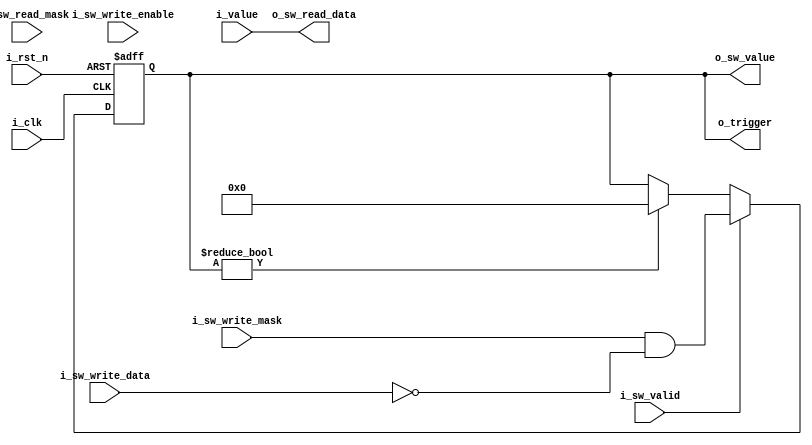
module rggen_bit_field_w01trg #(
  parameter TRIGGER_VALUE = 1'b0,
  parameter WIDTH         = 8
)(
  input               i_clk,
  input               i_rst_n,
  input               i_sw_valid,
  input   [WIDTH-1:0] i_sw_read_mask,
  input               i_sw_write_enable,
  input   [WIDTH-1:0] i_sw_write_mask,
  input   [WIDTH-1:0] i_sw_write_data,
  output  [WIDTH-1:0] o_sw_read_data,
  output  [WIDTH-1:0] o_sw_value,
  input   [WIDTH-1:0] i_value,
  output  [WIDTH-1:0] o_trigger
);
  reg [WIDTH-1:0] r_trigger;

  assign  o_sw_read_data  = i_value;
  assign  o_sw_value      = r_trigger;
  assign  o_trigger       = r_trigger;

  always @(posedge i_clk or negedge i_rst_n) begin
    if (!i_rst_n) begin
      r_trigger <= {WIDTH{1'b0}};
    end
    else if (i_sw_valid) begin
      r_trigger <=
        (TRIGGER_VALUE != 0)
          ? i_sw_write_mask & ( i_sw_write_data)
          : i_sw_write_mask & (~i_sw_write_data);
    end
    else if (r_trigger != {WIDTH{1'b0}}) begin
      r_trigger <= {WIDTH{1'b0}};
    end
  end
endmodule